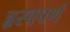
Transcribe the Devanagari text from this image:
हृस्वपर्ण